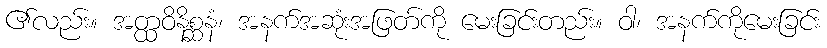
၏လည်း။ အတ္ထဝိနိစ္ဆနံ၊ အနက်အဆုံးအဖြတ်ကို မေးခြင်းတည်း။ ဝါ၊ အနက်ကိုမေးခြင်း